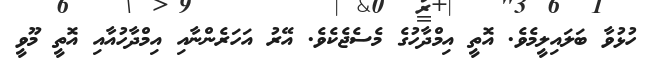
ހުޅުވާ ބަލައިލީމެވެ. އޮތީ އިމްދާހުގެ މެސެޖެކެވެ. އޭރު އަހަރެންނާއި އިމްދާހުއާއި އޮތީ މޫވީ